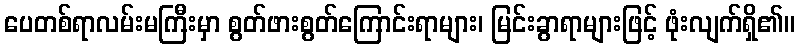
ပေတစ်ရာလမ်းမကြီးမှာ စွတ်ဖားစွတ်ကြောင်းရာများ၊ မြင်းခွာရာများဖြင့် ဖုံးလျက်ရှိ၏။